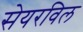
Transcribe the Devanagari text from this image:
सेयरविल